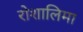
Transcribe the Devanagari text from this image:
रोशालिमा